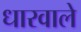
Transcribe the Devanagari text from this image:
धारवाले